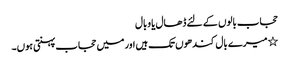
حجاب بالوں کے لئے ڈھال یا وبال
٭میرے بال کندھوں تک ہیں اور میں حجاب پہنتی ہوں۔